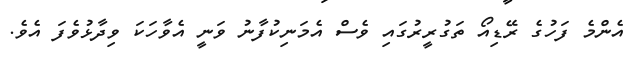
އެންމެ ފަހުގެ ރޭޑިއޯ ތަގުރީރުގައި ވެސް އެމަނިކުފާނު ވަނީ އެވާހަކަ ވިދާޅުވެފަ އެވެ.